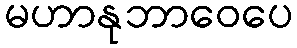
မဟာနုဘာဝေပေ